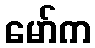
မော်က